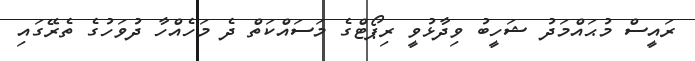
ރައީސް މުޙައްމަދު ޝަހީބު ވިދާޅުވީ ރިޕޯޓްގެ މަސައްކަތް ދެ މަހެއްހާ ދުވަހުގެ ތެރޭގައި